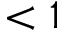
< 1